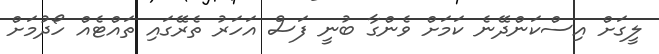
ލީގަށް އިސްކަންދޭނެ ކަމަށް ވެންގާ ބުނީ ފަސް އަހަރު ތެރޭގައި ތައްޓެއް ހޯދުމަށް